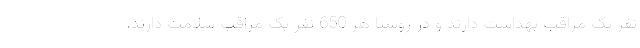
نفر یک مراقب بهداشت دارند و در روستا هر 650 نفر یک مراقب سلامت دارند،